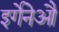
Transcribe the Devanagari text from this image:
इर्गेनेऔ